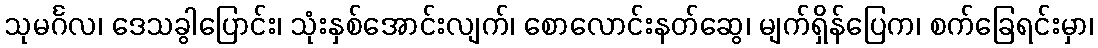
သုမင်္ဂလ၊ ဒေသခွါပြောင်း၊ သုံးနှစ်အောင်းလျက်၊ စောလောင်းနတ်ဆွေ၊ မျက်ရှိန်ပြေက၊ စက်ခြေရင်းမှာ၊